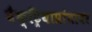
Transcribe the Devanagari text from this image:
बैक्ट्रियाप्रांतावर